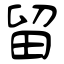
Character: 留